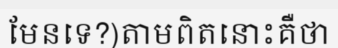
មែនទេ?)តាមពិតនោះគឺថា